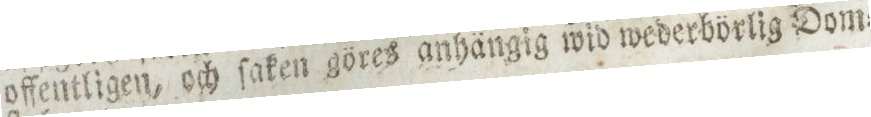
offentligen, och ſaken göres anhängig wid wederbörlig Dom=